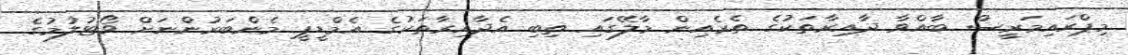
މިޕްރައިމަރީސް ބާއްވާ ދާއިރާތަކުގެ ތެރެއިން މާލޭގައި ތިބި އެދާއިރާތަކުގެ އެމްޑީޕީ މެންބަރުންނަށް ވޯޓުލުމުގެ